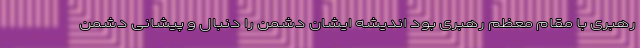
رهبری با مقام معظم رهبری بود اندیشه ایشان دشمن را دنبال و پیشانی دشمن